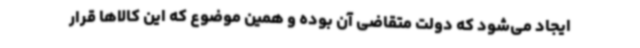
ایجاد می‌شود که دولت متقاضی آن بوده و همین موضوع که این کالاها قرار